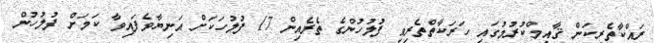
ރައްކާތެރިކަން ޤާއިމްކުރުމުގައި ހަރަކާތްތެރިވި ފުލުހުންގެ ތެރެއިން 17 ފުލުހަކަށް އަނިޔާވެފައިވާ ކަމަށް ފުލުހުން